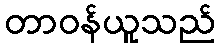
တာဝန်ယူသည်